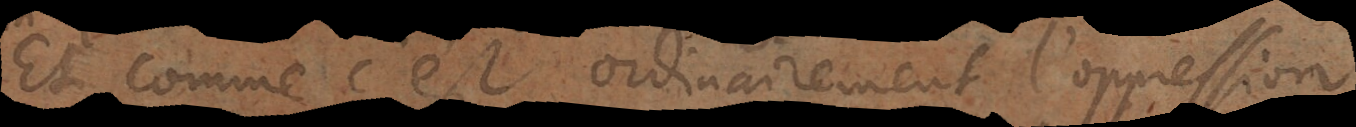
Et comme c’est ordinairement l’oppression